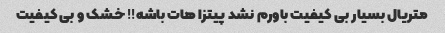
متریال بسیار بی کیفیت باورم نشد پیتزا هات باشه!! خشک و بی کیفیت